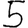
Digit: 5